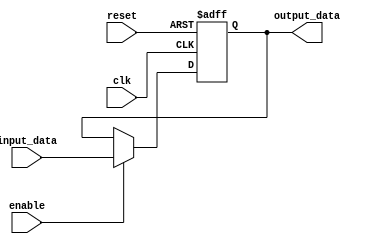
module bypass_reg (
  input wire clk,
  input wire reset,
  input wire enable,
  input wire [7:0] input_data,
  output reg [7:0] output_data
);

  always @(posedge clk or posedge reset) begin
    if (reset) begin
      output_data <= 8'b0;
    end else begin
      if (enable) begin
        output_data <= input_data;
      end
    end
  end

endmodule